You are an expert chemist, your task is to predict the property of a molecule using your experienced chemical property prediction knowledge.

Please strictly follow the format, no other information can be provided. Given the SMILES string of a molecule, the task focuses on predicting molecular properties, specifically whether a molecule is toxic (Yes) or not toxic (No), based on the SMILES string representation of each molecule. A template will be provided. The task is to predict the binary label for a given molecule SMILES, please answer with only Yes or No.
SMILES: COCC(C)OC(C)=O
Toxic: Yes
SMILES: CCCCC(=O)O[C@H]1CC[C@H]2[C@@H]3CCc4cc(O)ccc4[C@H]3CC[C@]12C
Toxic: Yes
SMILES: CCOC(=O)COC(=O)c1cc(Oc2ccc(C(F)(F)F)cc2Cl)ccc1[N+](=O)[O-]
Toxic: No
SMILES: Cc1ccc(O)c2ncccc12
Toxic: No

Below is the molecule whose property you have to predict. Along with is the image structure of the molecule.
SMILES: CCOC(=O)[C@H](CCc1ccccc1)N[C@@H](C)C(=O)N1Cc2ccccc2C[C@H]1C(=O)O
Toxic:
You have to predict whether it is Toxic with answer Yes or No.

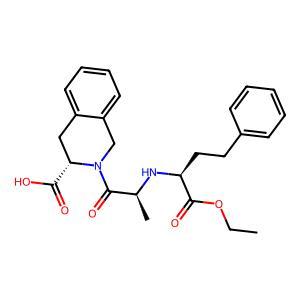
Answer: No